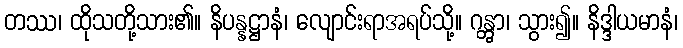
တဿ၊ ထိုသတို့သား၏။ နိပန္နဋ္ဌာနံ၊ လျောင်းရာအရပ်သို့။ ဂန္တွာ၊ သွား၍။ နိဒ္ဒါယမာနံ၊